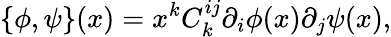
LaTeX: \{ \phi,\psi\} (x)=x^{k}C_{k}^{ij}\partial_{i}\phi(x)\partial_{j}\psi(x),